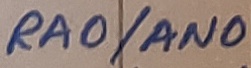
Text: RA0/AN0